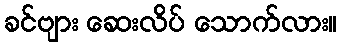
ခင်ဗျား ဆေးလိပ် သောက်လား။